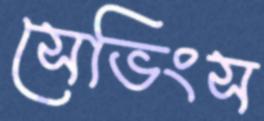
সেভিংস